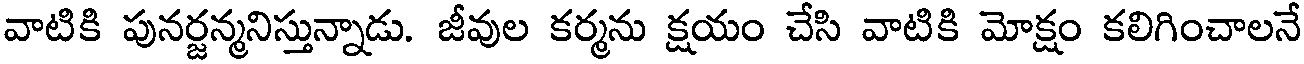
వాటికి పునర్జన్మనిస్తున్నాడు. జీవుల కర్మను క్షయం చేసి వాటికి మోక్షం కలిగించాలనే